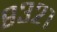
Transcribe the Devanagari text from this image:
९३२१